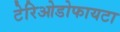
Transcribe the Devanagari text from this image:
टेरिओडोफायटा